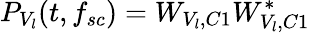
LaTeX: P_{V_{l}}(t,f_{sc})=W_{V_{l},C1}W_{V_{l},C1}^{*}